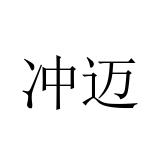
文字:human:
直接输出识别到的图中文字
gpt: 冲迈